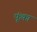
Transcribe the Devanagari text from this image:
फूंका